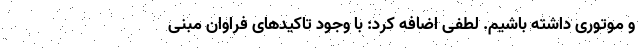
و موتوری داشته باشیم. لطفی اضافه کرد: با وجود تاکیدهای فراوان مبنی